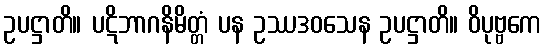
ဥပဋ္ဌာတိ။ ပဋိဘာဂနိမိတ္တံ ပန ဥဿဒဝသေန ဥပဋ္ဌာတိ။ ဝိပုဗ္ဗကေ